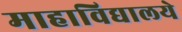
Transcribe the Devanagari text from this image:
माहाविद्यालये